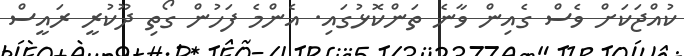
ކުއްޖަކަށް ވެސް ގެއިން ވާނެ ތަންކޮޅުގައި. އެންމެ ފަހުން ގޯތި ދޫކުރީ ރައީސް